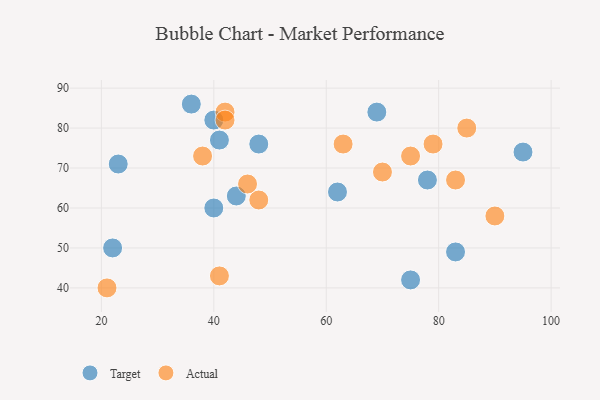
{"axis": {"x": "GDP", "y": "Life Expectancy"}, "legend": ["Actual", "Target"], "data": [{"x": "40", "y": 82, "type": "Target"}, {"x": "23", "y": 71, "type": "Target"}, {"x": "83", "y": 49, "type": "Target"}, {"x": "44", "y": 63, "type": "Target"}, {"x": "69", "y": 84, "type": "Target"}, {"x": "75", "y": 42, "type": "Target"}, {"x": "41", "y": 77, "type": "Target"}, {"x": "40", "y": 60, "type": "Target"}, {"x": "48", "y": 76, "type": "Target"}, {"x": "78", "y": 67, "type": "Target"}, {"x": "95", "y": 74, "type": "Target"}, {"x": "36", "y": 86, "type": "Target"}, {"x": "22", "y": 50, "type": "Target"}, {"x": "62", "y": 64, "type": "Target"}, {"x": "48", "y": 62, "type": "Actual"}, {"x": "42", "y": 84, "type": "Actual"}, {"x": "41", "y": 43, "type": "Actual"}, {"x": "70", "y": 69, "type": "Actual"}, {"x": "21", "y": 40, "type": "Actual"}, {"x": "90", "y": 58, "type": "Actual"}, {"x": "63", "y": 76, "type": "Actual"}, {"x": "46", "y": 66, "type": "Actual"}, {"x": "75", "y": 73, "type": "Actual"}, {"x": "79", "y": 76, "type": "Actual"}, {"x": "42", "y": 82, "type": "Actual"}, {"x": "38", "y": 73, "type": "Actual"}, {"x": "83", "y": 67, "type": "Actual"}, {"x": "85", "y": 80, "type": "Actual"}]}